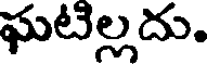
ఘటిల్లదు.